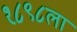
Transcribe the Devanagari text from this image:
१८९८ला